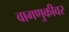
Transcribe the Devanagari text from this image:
वागणुकीवर